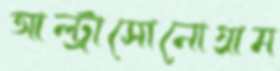
আল্ট্রাসোনোগ্রাম